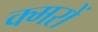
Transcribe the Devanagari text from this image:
क्मरों